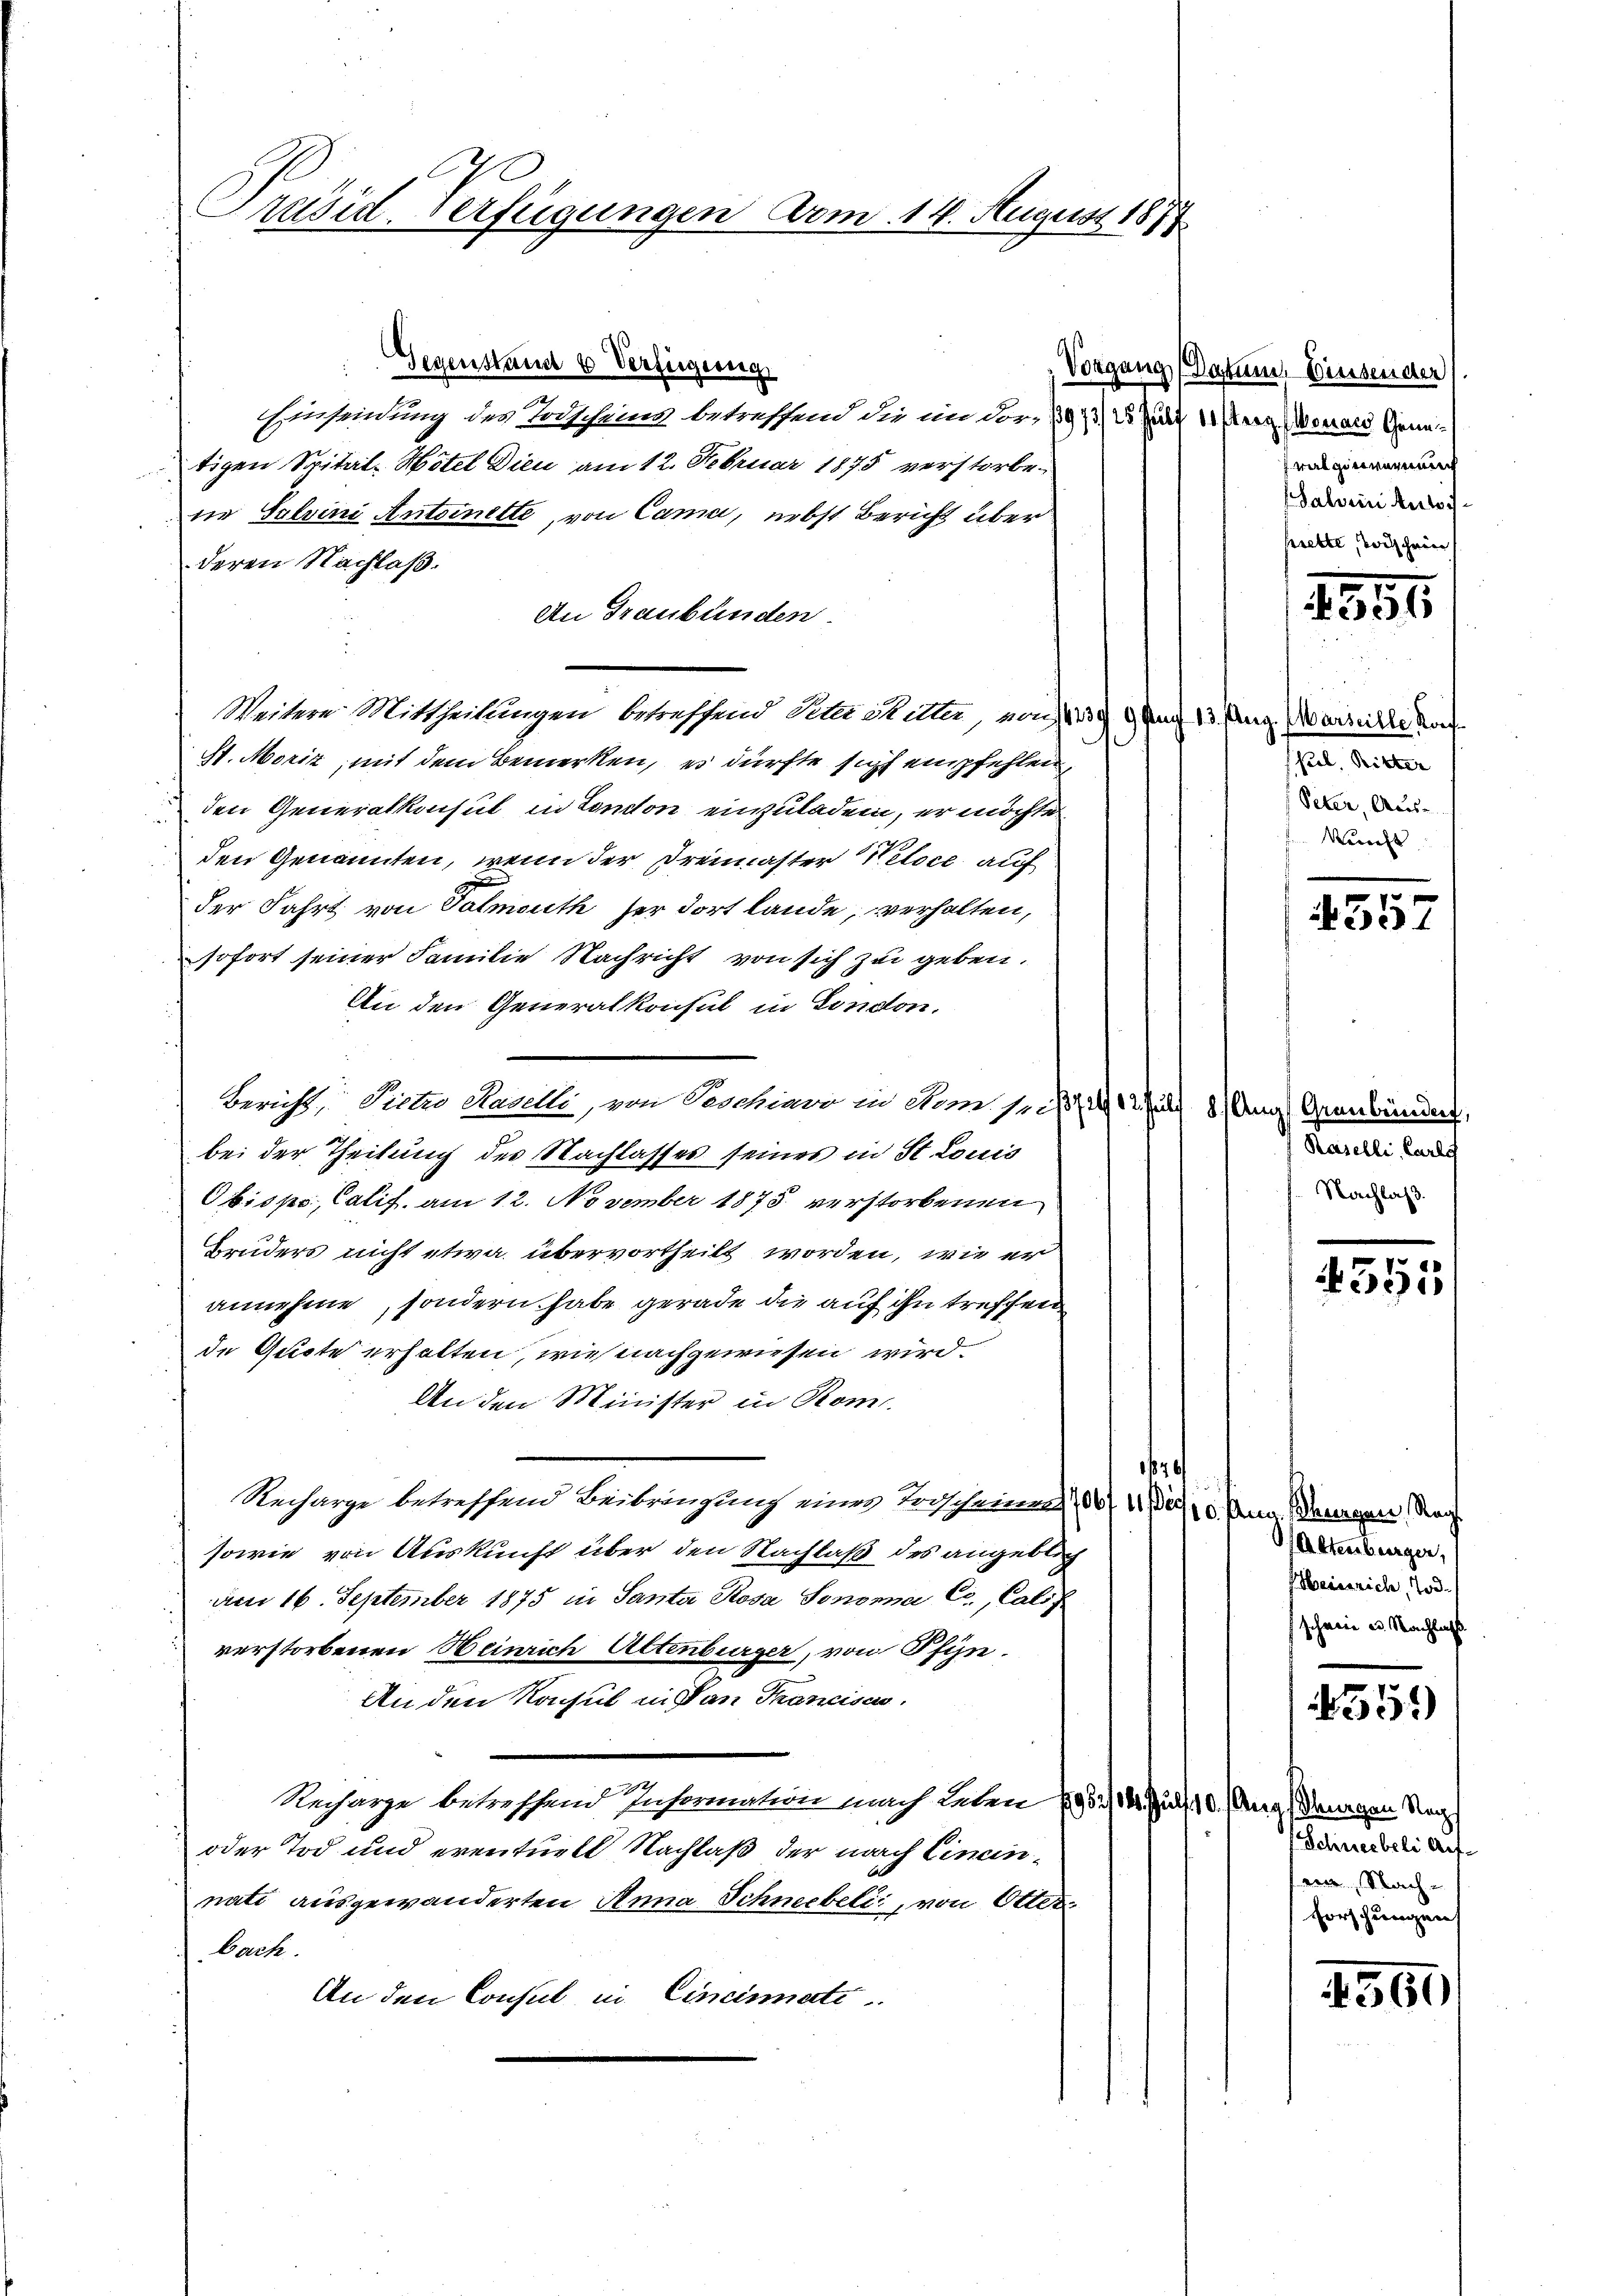
Präsid. Verfügungen Dom. 14. August 1874

Gegenstand & Verfügung
Einsendung des Todscheins, betreffend die im Vor- 18973) 25 Juli 11 (erz. Woraus Gruntigen Spital Hotel dien am 12. Februar 1875 verstorbene Salvini Antoinette, von Cama, nebst Bericht überderen Nachlaß.
An Graubünden.
Weitere Mittheilungen betreffend Sele Mitter, noch 123. Auf 13. Aug. Warteilte Konf
St. Moriz, mit dem Bemerken, es dürfte sich empfehlen,
den Generalkonsul in Comton einzuladen, er möchte
den Genannten, wenn der Dreimaster Netoce auf
.
der Fahrt von Valmouth her dort lande, verhalten,
sofort seiner Familie Nachricht von sich zu geben.
An den Generalkonsul in London.
Bericht, Diete Haselli, von Beschiavo in vom 1. 27. 412 fl 8 Aug. Graubünden,
bei der Theilung des Nachlasses seines in St. Louis
Obispo, Calif, am 12. November 1875 verstorbenen
Bruders nicht etwa übervortheilt worden, wie er
annehme, sondern habe gerade die auf ihn treffen
de Quote erhalten, wie nachgewiesen wird.
An den Minister in Kons.
6
Recharge betreffend Beibringung eines Vorscheinung 100 fl. 1, 2, 5. Penn. Bauergen Nach
sowie von Auskunft über den Nachlaß des angeblich
am 16. September 1875 in Santa Rosa Sonna C., Calif
verstorbenen Heinrich Altenburger, von Pfyn¬
An den Rapsul in van Trancism.
Recharge betreffend Information nach Leben (95./14. Jul. 10. (Ang / Drangen Nac
oder Tod und eventuell Nachlaß der nach Eineinnati ausgewänderten Anna Schneebeli, von Otter
bach.
An den Consul in Cincinate.

Vorgang (Datum. Einsender
valgie warme
Salvini Aussirette, wischein

4354

(sub. Ritter
Peter, Aus-
Veracht

1
433.

Raselli, Carly
Nachlaß.

555

Attenburger,
Heinrich, Tod.
schein u. Nachlass

4559

Schneebeli Auf-
va, Nach¬
Forschungen

560